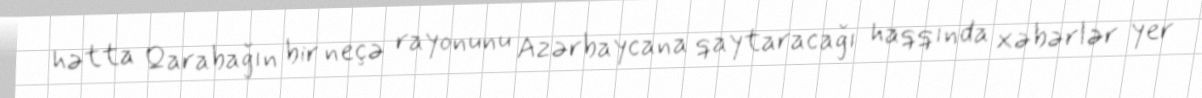
hətta Qarabağın bir neçə rayonunu Azərbaycana qaytaracağı haqqında xəbərlər yer